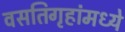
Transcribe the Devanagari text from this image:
वसतिगृहांमध्ये